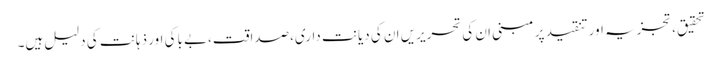
تحقیق،تجزیہ اور تنقید پر مبنی ان کی تحریریں ان کی دیانت داری،صداقت،بے باکی اور ذہانت کی دلیل ہیں۔